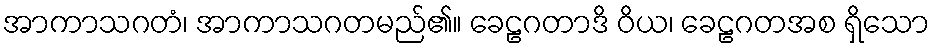
အာကာသဂတံ၊ အာကာသဂတမည်၏။ ခေဠဂတာဒိ ဝိယ၊ ခေဠဂတအစ ရှိသော